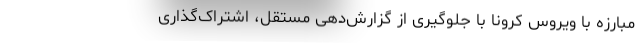
مبارزه با ویروس کرونا با جلوگیری از گزارش‌دهی مستقل، اشتراک‌گذاری